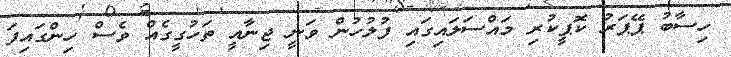
ހިސާބު ޕޭޕަރު ކޮޕީކުރި މައްސަލައިގައި ފުލުހުން ވަނީ ޖިނާއީ ތަހުގީގެއް ވެސް ހިންގައިފަ